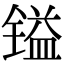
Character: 镒